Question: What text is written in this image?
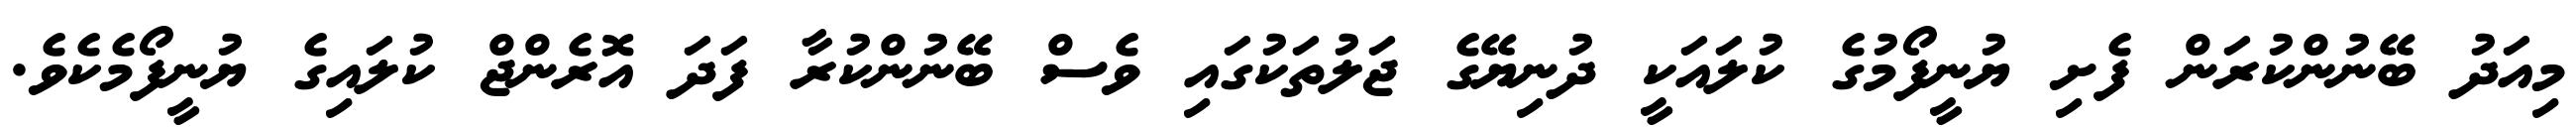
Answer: މިއަދު ބޭނުންކުރަން ފެށި ޔުނީފޯމުގެ ކުލައަކީ ދުނިޔޭގެ ޖަލުތަކުގައި ވެސް ބޭނުންކުރާ ފަދަ އޮރެންޖް ކުލައިގެ ޔުނީފޯމެކެވެ.